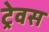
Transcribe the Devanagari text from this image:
ट्रेवस